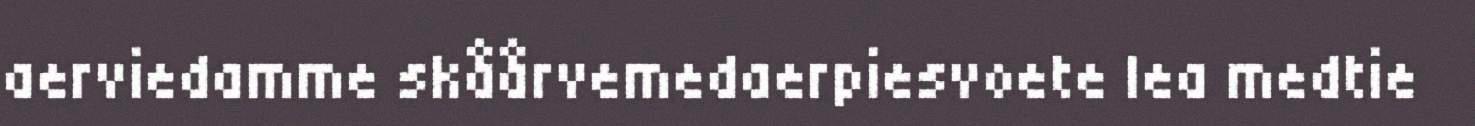
aerviedamme skåårvemedaerpiesvoete lea medtie